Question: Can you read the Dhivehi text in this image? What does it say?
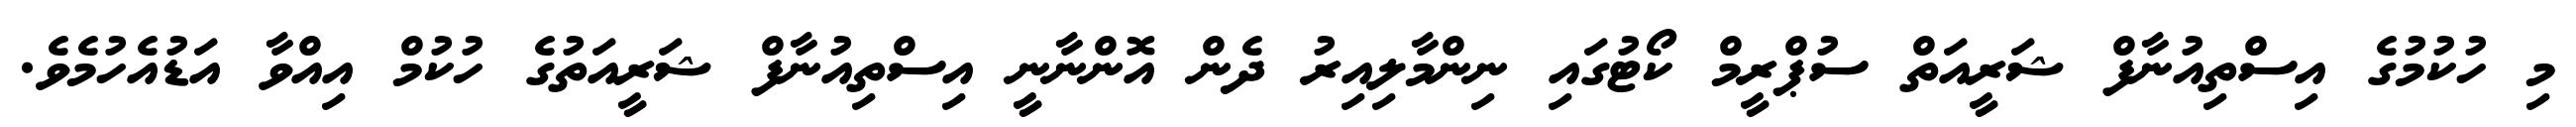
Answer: މި ހުކުމުގެ އިސްތިއުނާފް ޝަރީއަތް ސުޕްރީމް ކޯޓުގައި ނިންމާލިއިރު ދެން އޮންނާނީ އިސްތިއުނާފް ޝަރީއަތުގެ ހުކުމް އިއްވާ އަޑުއެހުމެވެ.